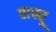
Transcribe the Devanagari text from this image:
तापवू